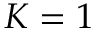
K = 1